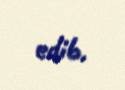
edib.